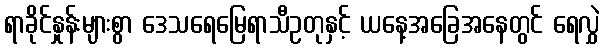
ရာခိုင်နှုန်းများစွာ ဒေသရေမြေရာသီဥတုနှင့် ယနေ့အခြေအနေတွင် ရေလွှဲ